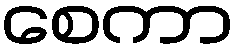
စေကာ